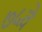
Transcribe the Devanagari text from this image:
७५वे